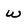
Character: w